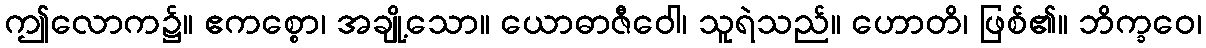
ဤလောက၌။ ဧကစ္စော၊ အချို့သော။ ယောဓာဇီဝေါ၊ သူရဲသည်။ ဟောတိ၊ ဖြစ်၏။ ဘိက္ခဝေ၊